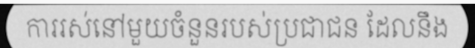
ការរស់នៅមួយចំនួនរបស់ប្រជាជន ដែលនឹង